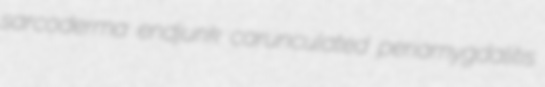
sarcoderma endjunk carunculated periamygdalitis